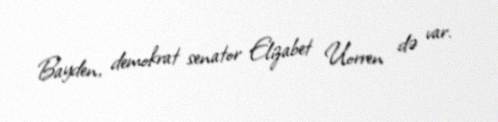
Bayden, demokrat senator Elizabet Uorren də var.